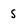
Character: S